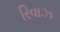
રિવાઝ